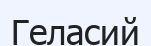
Геласий